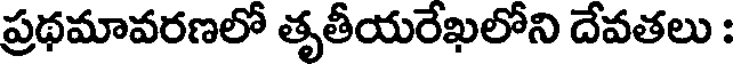
ప్రథమావరణలో తృతీయరేఖలోని దేవతలు :